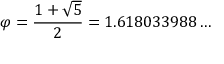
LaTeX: \varphi = { \frac { 1 + { \sqrt { 5 } } } { 2 } } = 1 . 6 1 8 0 3 3 9 8 8 \ldots